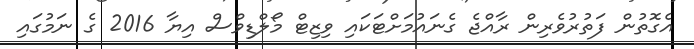
އެގޮތުން ފަތުރުވެރިން ރާއްޖެ ގެނައުމަށްޓަކައި ވިޒިޓް މޯލްޑިވްސް އިޔާ 2016 ގެ ނަމުގައި